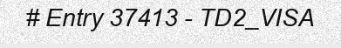
# Entry 37413 - TD2_VISA